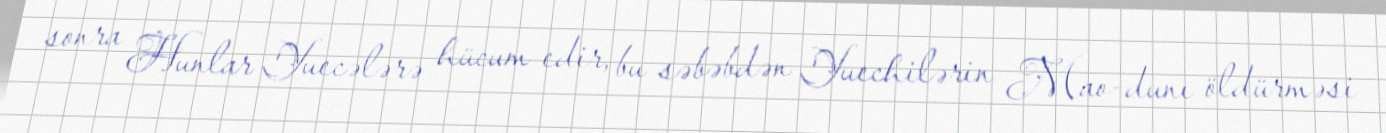
sonra Hunlar Yuecələrə hücum edir, bu səbəbdən Yuechilərin Mao-dunı öldürməsi